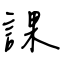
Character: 課